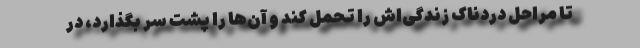
تا مراحل دردناک زندگی‌اش را تحمل کند و آن‌ها را پشت سر بگذارد، در